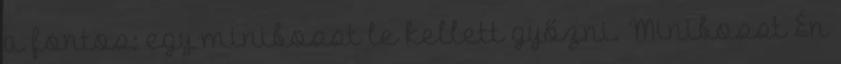
a fontos: egy minibosst le kellett győzni. Minibosst Én